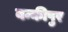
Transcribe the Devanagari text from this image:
बन्कीपुर